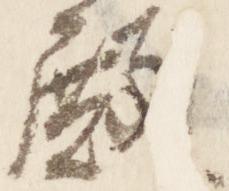
殿